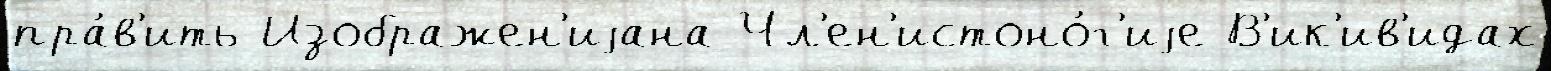
пра́в'ить Изображен'иjана Чл'ен'истоно́г'иjе В'ик'ив'идах